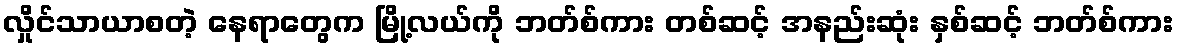
လှိုင်သာယာစတဲ့ နေရာတွေက မြို့လယ်ကို ဘတ်စ်ကား တစ်ဆင့် အနည်းဆုံး နှစ်ဆင့် ဘတ်စ်ကား